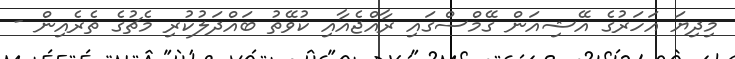
މިދިޔަ އަހަރުގެ އޭޝިއަން ގޭމްސްގައި ރާއްޖެއާއި ކުވޭތު ބައްދަލުކުރި މެޗުގެ ތެރެއިން -